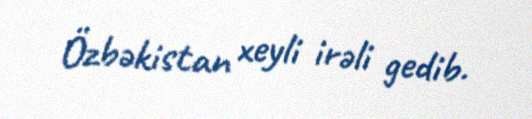
Özbəkistan xeyli irəli gedib.